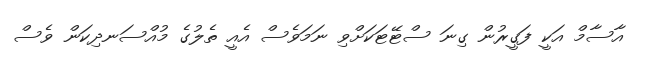
އާސާމް އަކީ ފަގީރުން ގިނަ ސްޓޭޓަކަށްވި ނަމަވެސް އެއީ ތެލުގެ މުއްސަނދިކަން ވެސް